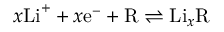
x \mathrm { L i } ^ { + } + x \mathrm { e } ^ { - } + \mathrm { R } \rightleftharpoons \mathrm { L i } _ { x } \mathrm { R }